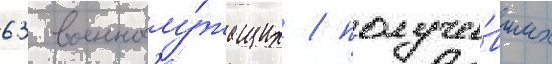
63 военнослу́жащих / получи́вших